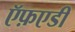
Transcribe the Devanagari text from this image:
ऍफ़एडी